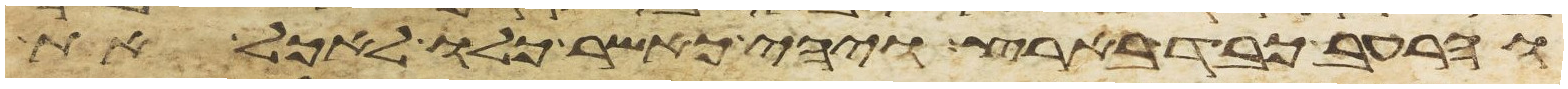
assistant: והרעב כבד בארץ ויהי כאשר כלו לאכל את